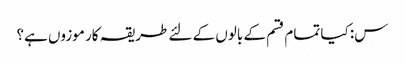
س: کیا تمام قسم کے بالوں کے لئے طریقہ کار موزوں ہے؟